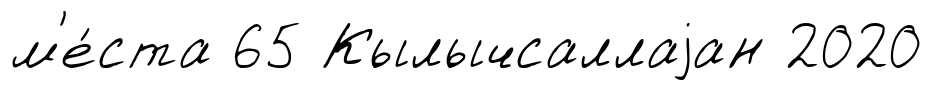
м'е́ста 65 Кылычсаллаjан 2020